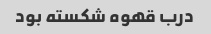
درب قهوه شکسته بود